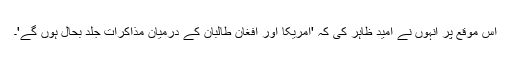
اس موقع پر انہوں نے امید ظاہر کی کہ 'امریکا اور افغان طالبان کے درمیان مذاکرات جلد بحال ہوں گے'۔